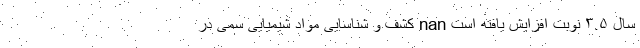
سال ۳.۵ نوبت افزایش یافته است nan کشف و شناسایی مواد شیمیایی سمی در